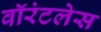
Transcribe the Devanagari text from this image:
वॉरंटलेस